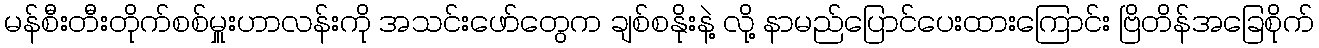
မန်စီးတီးတိုက်စစ်မှူးဟာလန်းကို အသင်းဖော်တွေက ချစ်စနိုးနဲ့ လို့ နာမည်ပြောင်ပေးထားကြောင်း ဗြိတိန်အခြေစိုက်